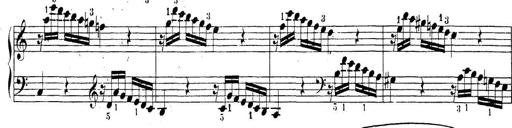
Title: Sonatina Album
Composer: Louis KÃ¶hler